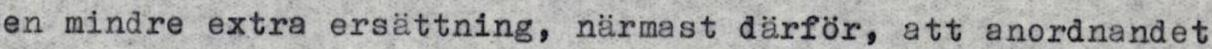
en mindre extra ersättning, närmast därför, att anordnandet